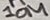
Text: 10M